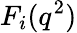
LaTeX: F_{i}(q^{2})